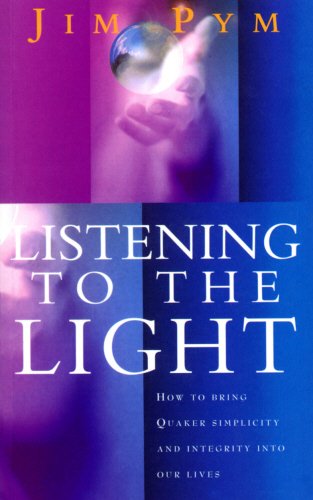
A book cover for Listening to the Light: How to Bring Quaker Simplicity and Integrity Into Our Lives; Jim Pym; Christian Books & Bibles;